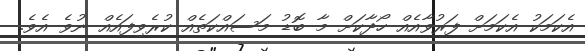
އެކަމަކު އެކަމަށް ފަރުވާއެއް ހޯދާކަށް މާ ބޮޑު މަސައްކަތެއް ކުރެވިފައެއް ނުވެ އެވެ.